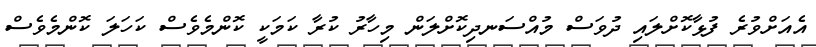
އެއަށްވުރެ ފުޅާކޮށްލައި ދުވަސް މުއްސަނދިކޮށްލަން މިހާރު ކުރާ ކަމަކީ ކޮންމެވެސް ކަހަލަ ކޮންމެވެސް